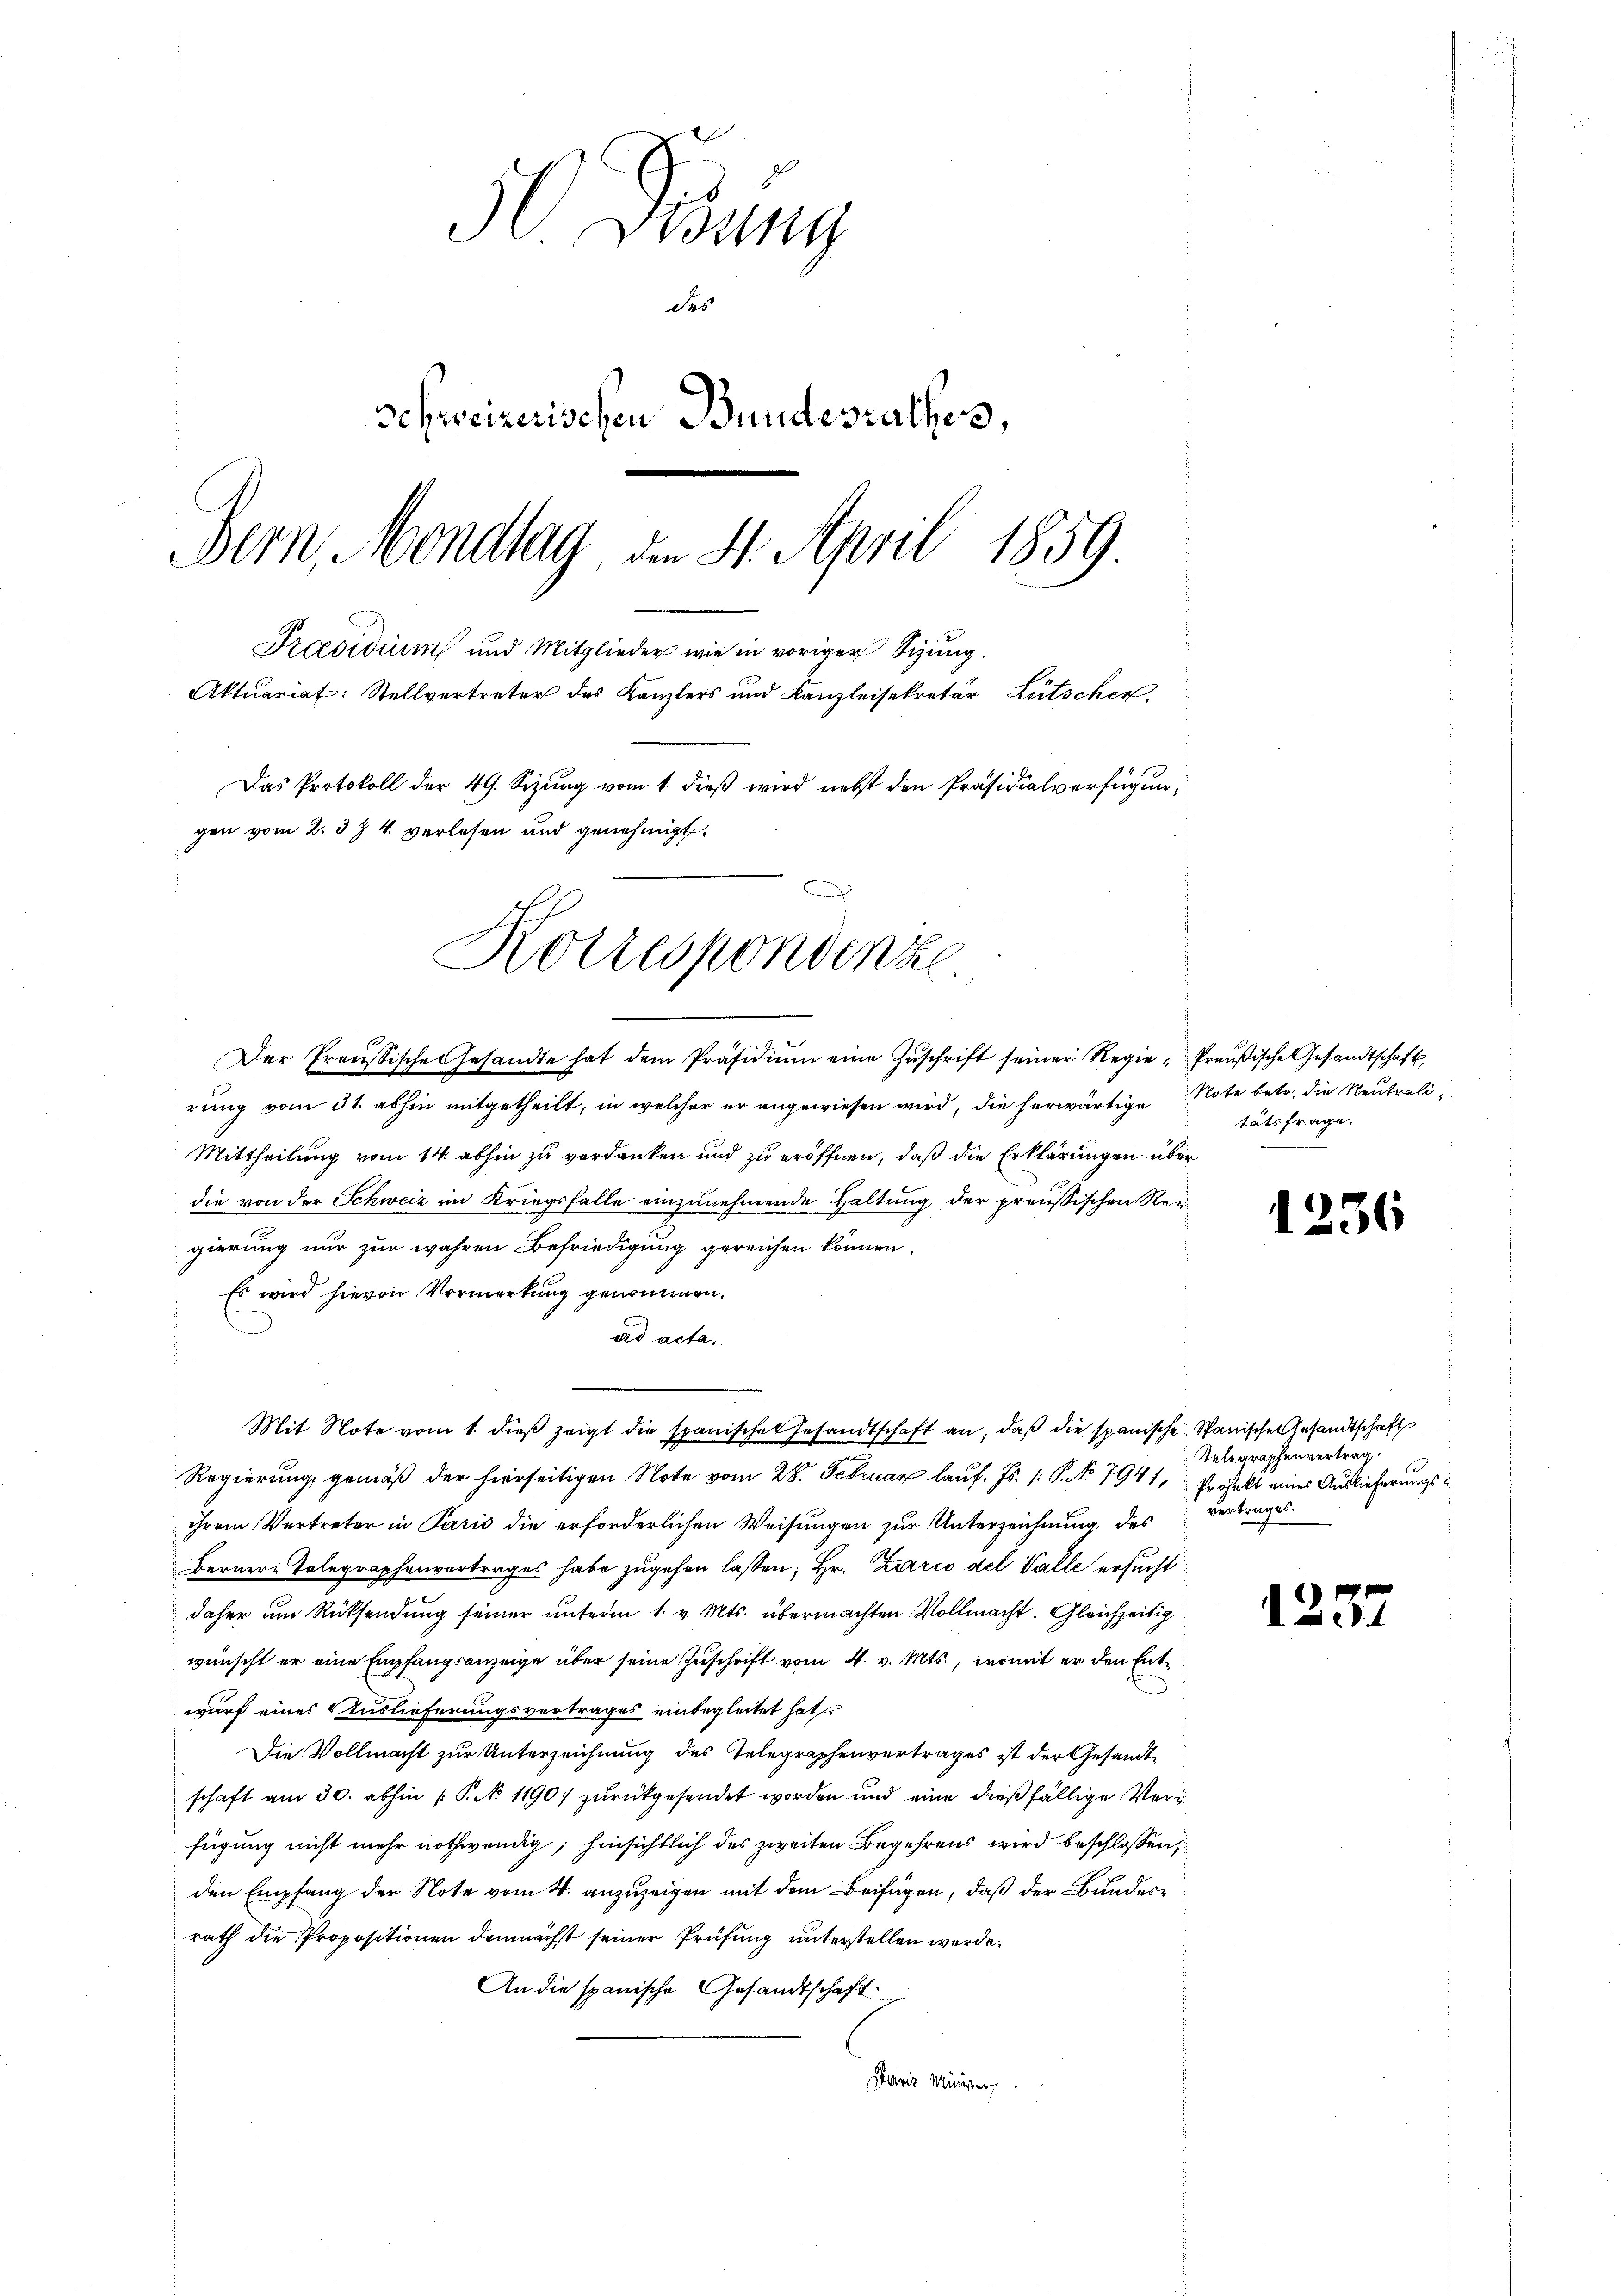
50 Drung
des
Schweizerischen Bundesrathes,
Bern, Mondlag, den 4. April 1859.
Praesidium und Mitglieder wie in voriger Sizung.
Aktuariat: Stellvertreter des Kanzlers und Kanzleisekretär Lütschen
Das Protokoll der 49. Sizung vom 1. dieβ wird nebst den Präsidialverfügungen vom 2. 3 & 4 verlesen und genehmigt.
b

Der Preussische Gesandte hat dem Präsidiŭm eine Zŭschrift seiner Regie- Preußische Gesandtschaft,
rung vom 31. abhin mitgetheilt, in welcher er angewiesen wird, die herwärtige Note betr. die Neutrali¬
Mittheilung vom 14. abhin zu verdanken und zu eröffnen, daß die Erklärungen über
die von der Schweiz im Kriegsfalle einzunehmende Haltung der preußischen Rei
gierung nur zur wahren Befriedigung gereichen können.
Es wird hievon Vormerkung genommen.
ad acta.
¬
Mit Note vom 1. dieß zeigt die spanischen Gesandtschaft an, daß die spanische Spanische Gesandtschaft
Regierung, gemäß der hierseitigen Note vom 28. Februar lauf. Js. (: P. Nr. 7941, Profekt eines Auslieferungsihrem Vertreter in Paris die erforderlichen Weisungen zur Unterzeichnung des
Berner Telegraphenvortrages habe zugehen lassen; Hr. Zarco del Valle ersucht
daher um Rücksendung seiner unterm 1. v. Mts. übermachten Vollmacht. Gleichzeitig
wünscht er eine Empfangsanzeige über seine Zuschrift vom 4. v. Mts., womit er den Entwurf eines Auslieferungsvertrages einbegleitet hat
Die Vollmacht zur Unterzeichnung des Telegraphenvertrages ist der Gesandtschaft am 30. abhin ( P. No 1190) zurückgesendet worden und eine dießfällige Verfügung nicht mehr nothwendig; hinsichtlich des zweiten Begehrens wird beschlossen,
den Empfang der Note vom 4. anzuzeigen mit dem Beifügen, daß der Bundesrath die Propositionen demnächst seiner Prüfung unterstellen werde.
An die spanische Gesandtschaft.
Paris Münster

Korrespondenze

tätsfrage.

1236

Telegraphenvertrag.
vertrages.

1257